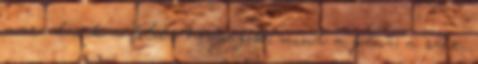
maradnak a földi hívságok, mint a pénz, a szex.